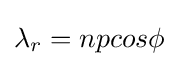
\lambda _{r}=npcos\phi